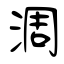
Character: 淍